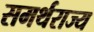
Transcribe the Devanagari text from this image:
समर्थराज्य